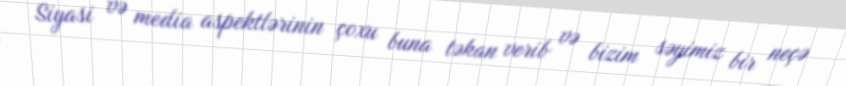
Siyasi və media aspektlərinin çoxu buna təkan verib və bizim səyimiz bir neçə